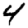
Digit: 4